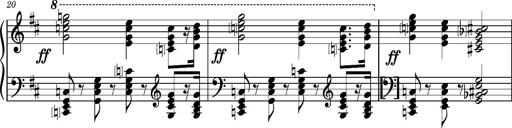
Title: 2 Sketches from 1829, S.692p
Composer: Franz Liszt
Key: B minor
 E flat major